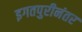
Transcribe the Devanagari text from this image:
इगतपुरीनंतर